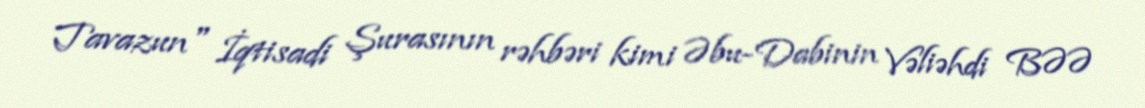
Tavazun" İqtisadi Şurasının rəhbəri kimi Əbu-Dabinin Vəliəhdi BƏƏ